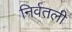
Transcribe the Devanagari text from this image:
निर्वतली